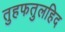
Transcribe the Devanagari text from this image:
तुहफतुलहिद